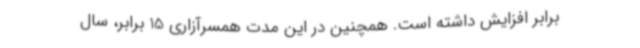
برابر افزایش داشته است. همچنین در این مدت همسرآزاری 15 برابر، سال